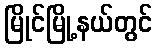
မြိုင်မြို့နယ်တွင်